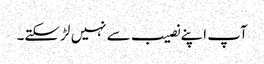
آپ اپنے نصیب سے نہیں لڑ سکتے۔